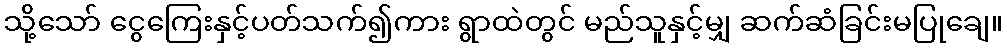
သို့သော် ငွေကြေးနှင့်ပတ်သက်၍ကား ရွာထဲတွင် မည်သူနှင့်မျှ ဆက်ဆံခြင်းမပြုချေ။